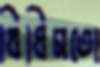
বিধিমতো